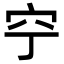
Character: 䆑